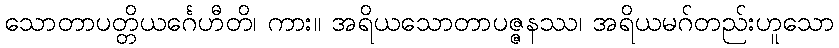
သောတာပတ္တိယင်္ဂေဟီတိ၊ ကား။ အရိယသောတာပဇ္ဇနဿ၊ အရိယမဂ်တည်းဟူသော